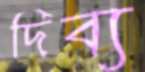
দিব্য